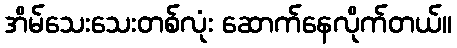
အိမ်သေးသေးတစ်လုံး ဆောက်နေလိုက်တယ်။